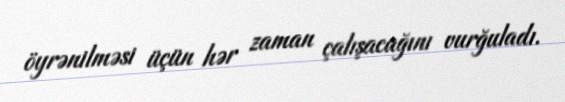
öyrənilməsi üçün hər zaman çalışacağını vurğuladı.